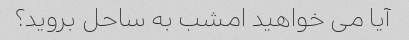
آیا می خواهید امشب به ساحل بروید؟